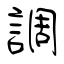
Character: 調